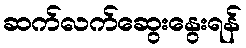
ဆက်လက်ဆွေးနွေးရန်